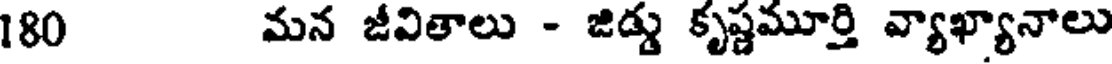
180 మన జీవితాలు - జిడ్డు కృష్ణమూర్తి వ్యాఖ్యానాలు